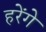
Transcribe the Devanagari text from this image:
हरेंगे